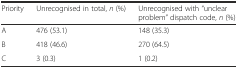
<table><thead><tr><td><b>Priority</b></td><td><b>Unrecognised in total, <i>n</i> (%)</b></td><td><b>Unrecognised with “unclear problem” dispatch code, <i>n</i> (%)</b></td></tr></thead><tbody><tr><td>A</td><td>476 (53.1)</td><td>148 (35.3)</td></tr><tr><td>B</td><td>418 (46.6)</td><td>270 (64.5)</td></tr><tr><td>C</td><td>3 (0.3)</td><td>1 (0.2)</td></tr></tbody></table>